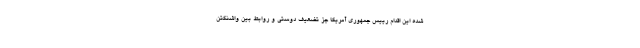
شده این اقدام رییس جمهوری آمریکا جز تضعیف دوستی و روابط بین واشنگتن